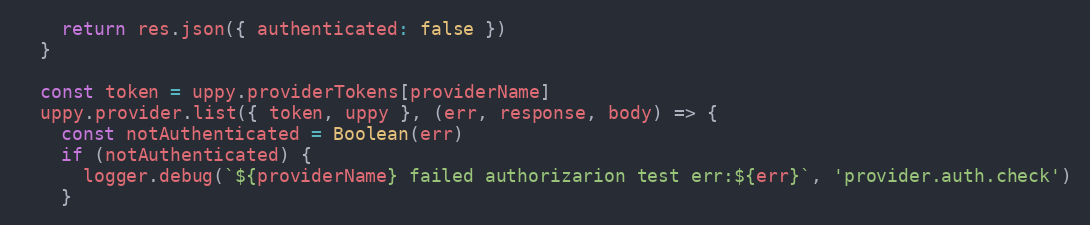
Language: JavaScript
    return res.json({ authenticated: false })
  }

  const token = uppy.providerTokens[providerName]
  uppy.provider.list({ token, uppy }, (err, response, body) => {
    const notAuthenticated = Boolean(err)
    if (notAuthenticated) {
      logger.debug(`${providerName} failed authorizarion test err:${err}`, 'provider.auth.check')
    }